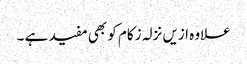
علاوہ ازیں نزلہ زکام کو بھی مفید ہے ۔